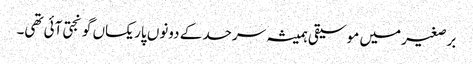
برصغیر میں موسیقی ہمیشہ سرحد کے دونوں پار یکساں گونجتی آئی تھی۔